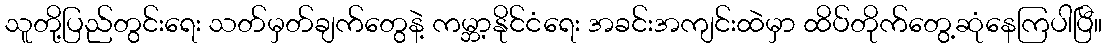
သူတို့ပြည်တွင်းရေး သတ်မှတ်ချက်တွေနဲ့ ကမ္ဘာ့နိုင်ငံရေး အခင်းအကျင်းထဲမှာ ထိပ်တိုက်တွေ့ဆုံနေကြပါပြီ။